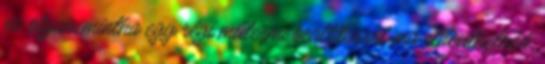
ez olyan, mintha egy régi műtermi beállításról ma eldönthetnéd,